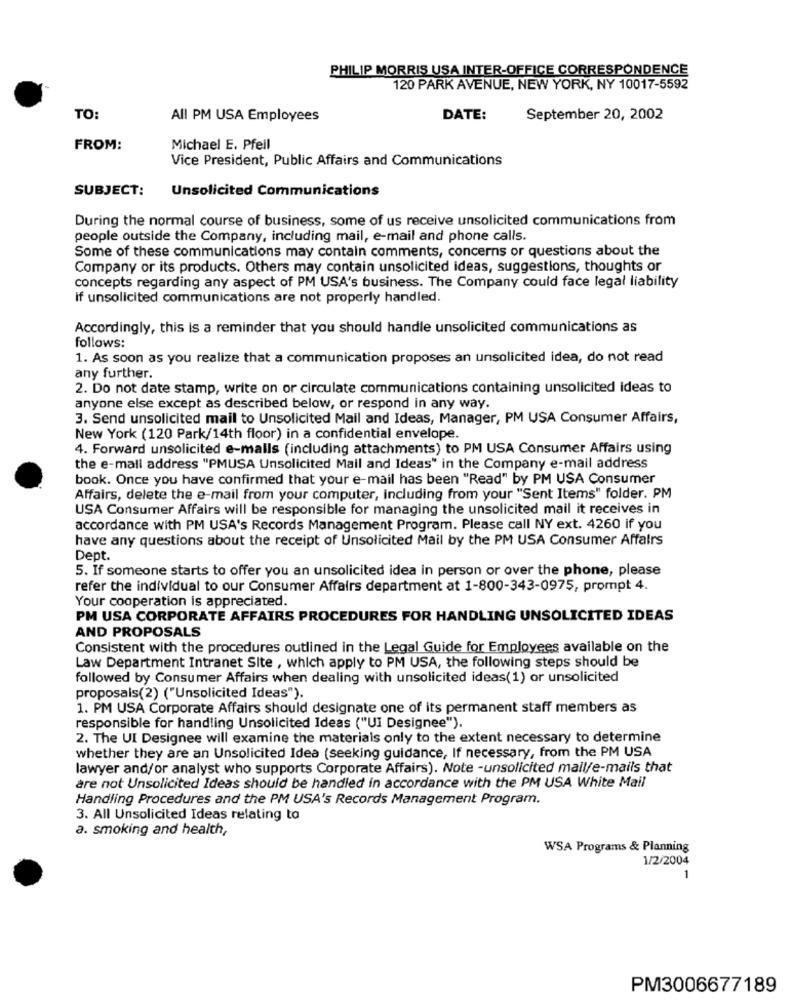
PHILIP MORRIS USA INTER-OFFICE CORRESPONDENCE
120 PARK AVENUE, NEW YORK, NY 10017-5592
TO:
All PM USA Employees
DATE:
September 20, 2002
FROM:
Michael E. Pfeil
Vice President, Public Affairs and Communications
SUBJECT:
Unsolicited Communications
During the normal course of business, some of us receive unsolicited communications from
people outside the Company, including mail, e-mail and phone calls.
Some of these communications may contain comments, concerns or questions about the
Company or its products. Others may contain unsolicited ideas, suggestions, thoughts or
concepts regarding any aspect of PM USA's business. The Company could face legal liability
if unsolicited communications are not properly handled.
Accordingly, this is a reminder that you should handle unsolicited communications as
follows:
1. As soon as you realize that a communication proposes an unsolicited idea, do not read
any further.
2. Do not date stamp, write on or circulate communications containing unsolicited ideas to
anyone else except as described below, or respond in any way.
3. Send unsolicited mail to Unsolicited Mail and Ideas, Manager, PM USA Consumer Affairs,
New York (120 Park/14th floor) in a confidential envelope.
4. Forward unsolicited e-mails (including attachments) to PM USA Consumer Affairs using
the e-mail address "PMUSA Unsolicited Mail and Ideas" in the Company e-mail address
book. Once you have confirmed that your e-mail has been "Read" by PM USA Consumer
Affairs, delete the e-mail from your computer, including from your "Sent Items" folder. PM
USA Consumer Affairs will be responsible for managing the unsolicited mail it receives in
accordance with PM USA's Records Management Program. Please call NY ext. 4260 if you
have any questions about the receipt of Unsolicited Mail by the PM USA Consumer Affairs
Dept.
5. If someone starts to offer you an unsolicited idea in person or over the phone, please
refer the individual to our Consumer Affairs department at 1-800-343-0975, prompt 4.
Your cooperation is appreciated.
PM USA CORPORATE AFFAIRS PROCEDURES FOR HANDLING UNSOLICITED IDEAS
AND PROPOSALS
Consistent with the procedures outlined in the Legal Guide for Employees available on the
Law Department Intranet Site , which apply to PM USA, the following steps should be
followed by Consumer Affairs when dealing with unsolicited ideas(1) or unsolicited
proposals(2) ("Unsolicited Ideas").
1. PM USA Corporate Affairs should designate one of its permanent staff members as
responsible for handling Unsolicited Ideas ("UI Designee").
2. The UI Designee will examine the materials only to the extent necessary to determine
whether they are an Unsolicited Idea (seeking guidance, If necessary, from the PM USA
lawyer and/or analyst who supports Corporate Affairs). Note -unsolicited mail/e-mails that
are not Unsolicited Ideas should be handled in accordance with the PM USA White Mail
Handling Procedures and the PM USA's Records Management Program.
3. All Unsolicited Ideas relating to
a. smoking and health,
WSA Programs & Planning
1/2/2004
PM3006677189